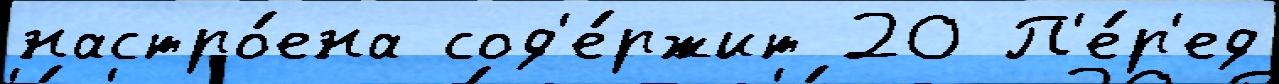
настро́ена сод'е́ржит 20 П'е́р'ед